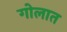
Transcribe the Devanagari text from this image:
गोलात